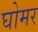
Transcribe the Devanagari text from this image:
घोमर